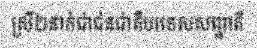
ស្រី២នាក់ជាជនជាតិបរទេសសញ្ជាតិ